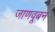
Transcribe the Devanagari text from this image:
जाणवूबन